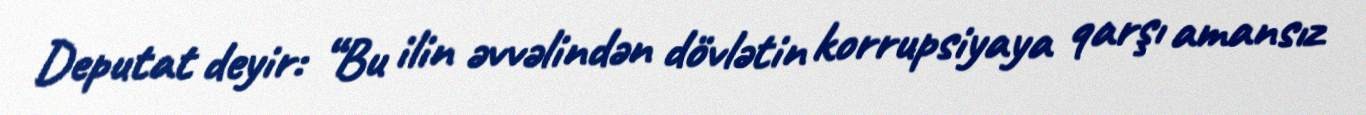
Deputat deyir: “Bu ilin əvvəlindən dövlətin korrupsiyaya qarşı amansız